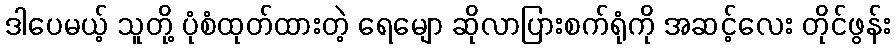
ဒါပေမယ့် သူတို့ ပုံစံထုတ်ထားတဲ့ ရေမျော ဆိုလာပြားစက်ရုံကို အဆင့်လေး တိုင်ဖွန်း